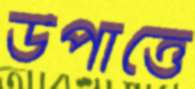
উপাত্তে